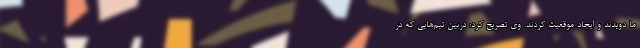
ما دویدند و ایجاد موقعیت کردند. وی تصریح کرد: دربین تیم‌هایی که در